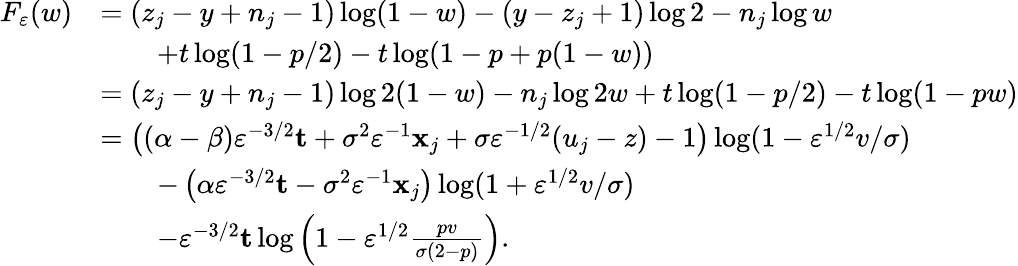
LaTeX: \begin{array}{rl}{F_{\varepsilon}(w)}&{=(z_{j}-y+n_{j}-1)\log(1-w)-(y-z_{j}+1)\log 2-n_{j}\log w}\\ &{\qquad+t\log(1-p/2)-t\log(1-p+p(1-w))}\\ &{=(z_{j}-y+n_{j}-1)\log 2(1-w)-n_{j}\log 2w+t\log(1-p/2)-t\log(1-pw)}\\ &{=\left((\alpha-\beta)\varepsilon^{-3/2}\mathbf{t}+\sigma^{2}\varepsilon^{-1}\mathbf{x}_{j}+\sigma\varepsilon^{-1/2}(u_{j}-z)-1\right)\log(1-\varepsilon^{1/2}v/\sigma)}\\ &{\qquad-\left(\alpha\varepsilon^{-3/2}\mathbf{t}-\sigma^{2}\varepsilon^{-1}\mathbf{x}_{j}\right)\log(1+\varepsilon^{1/2}v/\sigma)}\\ &{\qquad-\varepsilon^{-3/2}\mathbf{t}\log\left(1-\varepsilon^{1/2}\frac{pv}{\sigma(2-p)}\right).}\end{array}